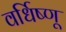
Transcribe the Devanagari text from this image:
वर्धिष्णू